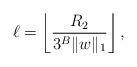
LaTeX: \begin{align*}\ell = \left\lfloor \frac{R_2}{3^B \|w\|_1} \right\rfloor,\end{align*}